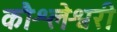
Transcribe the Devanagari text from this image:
कौश्लेश्वरी